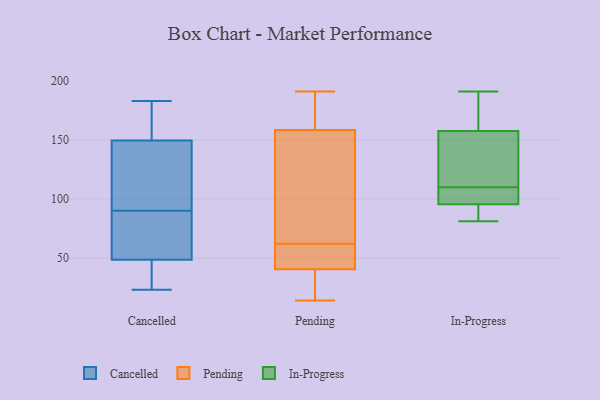
{"axis": {"x": "Tickets Resolved", "y": "Value"}, "legend": ["Cancelled", "In-Progress", "Pending"], "data": [{"x": "", "y": 94, "type": "Cancelled"}, {"x": "", "y": 25, "type": "Cancelled"}, {"x": "", "y": 130, "type": "Cancelled"}, {"x": "", "y": 45, "type": "Cancelled"}, {"x": "", "y": 150, "type": "Cancelled"}, {"x": "", "y": 57, "type": "Cancelled"}, {"x": "", "y": 52, "type": "Cancelled"}, {"x": "", "y": 149, "type": "Cancelled"}, {"x": "", "y": 167, "type": "Cancelled"}, {"x": "", "y": 86, "type": "Cancelled"}, {"x": "", "y": 44, "type": "Cancelled"}, {"x": "", "y": 105, "type": "Cancelled"}, {"x": "", "y": 71, "type": "Cancelled"}, {"x": "", "y": 183, "type": "Cancelled"}, {"x": "", "y": 23, "type": "Cancelled"}, {"x": "", "y": 84, "type": "Cancelled"}, {"x": "", "y": 165, "type": "Cancelled"}, {"x": "", "y": 37, "type": "Cancelled"}, {"x": "", "y": 130, "type": "Cancelled"}, {"x": "", "y": 162, "type": "Cancelled"}, {"x": "", "y": 14, "type": "Pending"}, {"x": "", "y": 62, "type": "Pending"}, {"x": "", "y": 47, "type": "Pending"}, {"x": "", "y": 155, "type": "Pending"}, {"x": "", "y": 27, "type": "Pending"}, {"x": "", "y": 44, "type": "Pending"}, {"x": "", "y": 102, "type": "Pending"}, {"x": "", "y": 49, "type": "Pending"}, {"x": "", "y": 191, "type": "Pending"}, {"x": "", "y": 30, "type": "Pending"}, {"x": "", "y": 189, "type": "Pending"}, {"x": "", "y": 169, "type": "Pending"}, {"x": "", "y": 110, "type": "Pending"}, {"x": "", "y": 91, "type": "In-Progress"}, {"x": "", "y": 81, "type": "In-Progress"}, {"x": "", "y": 121, "type": "In-Progress"}, {"x": "", "y": 166, "type": "In-Progress"}, {"x": "", "y": 109, "type": "In-Progress"}, {"x": "", "y": 191, "type": "In-Progress"}, {"x": "", "y": 110, "type": "In-Progress"}, {"x": "", "y": 132, "type": "In-Progress"}, {"x": "", "y": 173, "type": "In-Progress"}, {"x": "", "y": 88, "type": "In-Progress"}, {"x": "", "y": 109, "type": "In-Progress"}]}